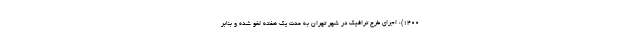
۱۴۰۰)، اجرای طرح ترافیک در شهر تهران به مدت یک هفته لغو شده و بنابر